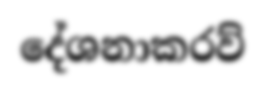
දේශනාකරව්